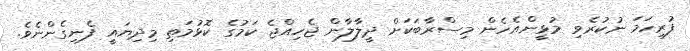
ފުރިހަމަ ނުކުރެވި މުޅީންއެހެން މިސްރާބަކަށް ދީލާލާން ޖެހިއްޖެ ކަމުގެ ކޮޅުމަތި މިދިޔައީ ފެނިގެންނެވެ.